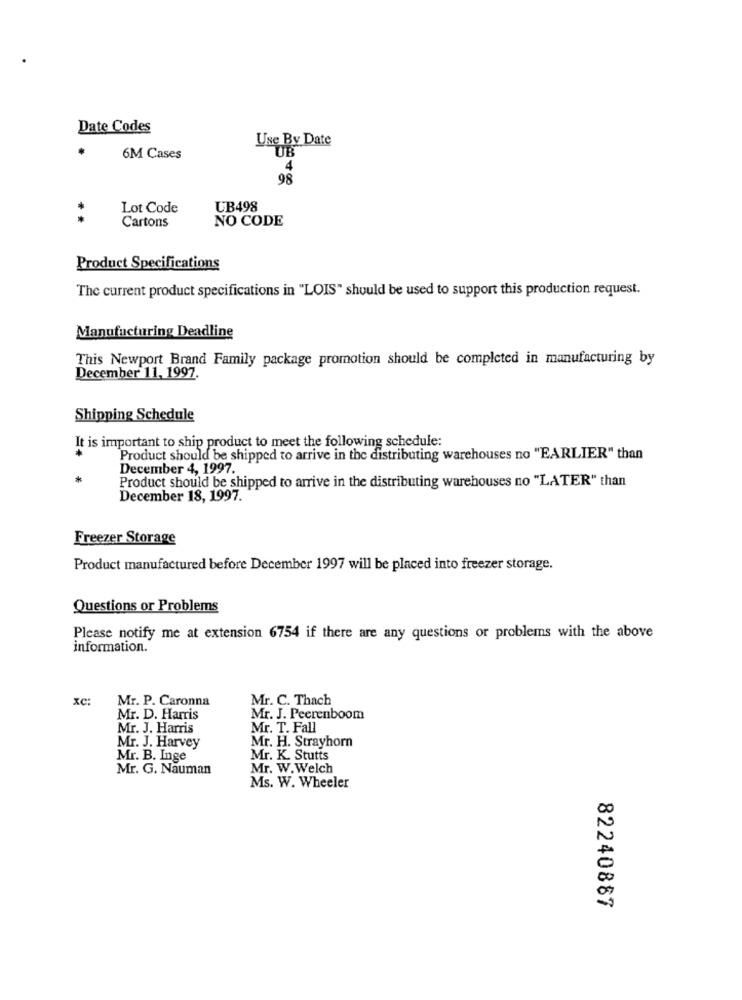
Date Codes
Use By Date
UB
6M Cases
4
98
Lot Code
UB498
Cartons
NO CODE
Product Specifications
The current product specifications in "LOIS" should be used to support this production request.
Manufacturing Deadline
This Newport Brand Family package promotion should be completed in manufacturing by
December 11, 1997.
Shipping Schedule
It is important to ship product to meet the following schedule:
Product should be shipped to arrive in the distributing warehouses no "EARLIER" than
December 4, 1997.
Product should be shipped to arrive in the distributing warehouses no "LATER" than
December 18, 1997.
Freezer Storage
Product manufactured before December 1997 will be placed into freezer storage.
Questions or Problems
Please notify me at extension 6754 if there are any questions or problems with the above
information.
xC:
Mr. P. Caronna
Mr. C. Thach
Mr. D. Harris
Mr. J. Peerenboom
Mr. J. Harris
Mr. T. Fall
Mr. H. Strayhorn
Mr. J. Harvey
Mr. B. Inge
Mr. K. Stutts
Mr. G. Nauman
Mr. W.Welch
Ms. W. Wheeler
82240887